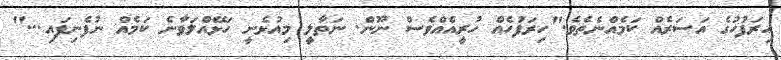
ހިރަފުހުގެ އަސަރެއް ކަމެއްނެތެވެ."ހިރަފުހެއް ހުރީއެއްވެސް ނޫން. ނަތާލީ މިއުޅެނީ ހަޅޭއްލަވާނެ ކަމެއް ނުފެނިފައި..."